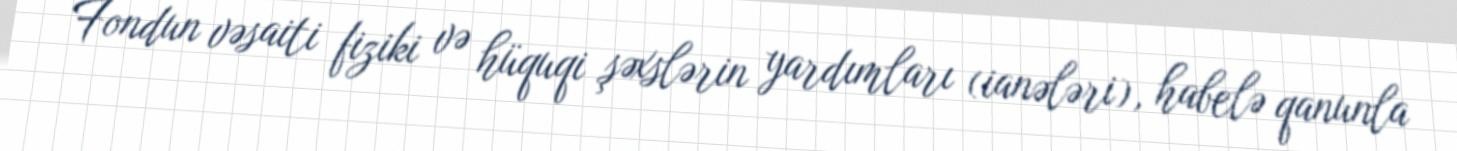
Fondun vəsaiti fiziki və hüquqi şəxslərin yardımları (ianələri), habelə qanunla